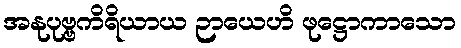
အနုပုဗ္ဗကိရိယာယ ဉာယေဟိ ဖုဋ္ဌောကာသော